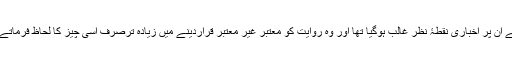
اس لئے ان پر اَخباری نقطۂ نظر غالب ہوگیا تھا اور وہ روایت کو معتبر غیر معتبر قراردینے میں زیادہ ترصرف اسی چیز کا لحاظ فرماتے تھے۔